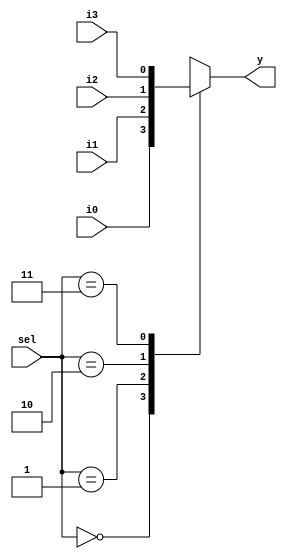
module mux_4_1(
  input [1:0] sel,
  input  i0,i1,i2,i3,
  output reg y);
    
  always @(*) begin
    case(sel)
      2'h0: y = i0;
      2'h1: y = i1;
      2'h2: y = i2;
      2'h3: y = i3;
      default: $display("Invalid sel input");
    endcase
  end
endmodule